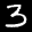
Label: 3